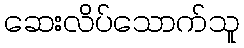
ဆေးလိပ်သောက်သူ